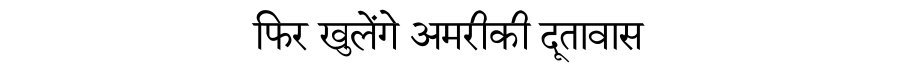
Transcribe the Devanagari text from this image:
फिर खुलेंगे अमरीकी दूतावास